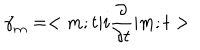
\dot { \gamma } _ { m } = < m ; t | i \frac { \partial } { \partial t } | m ; t >